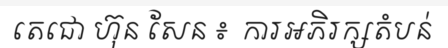
តេជោ ហ៊ុន សែន ៖  ការអភិរក្សតំបន់